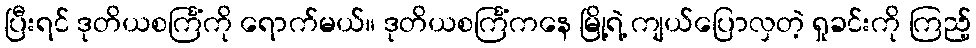
ပြီးရင် ဒုတိယစင်္ကြံကို ရောက်မယ်။ ဒုတိယစင်္ကြံကနေ မြို့ရဲ့ ကျယ်ပြောလှတဲ့ ရှုခင်းကို ကြည့်